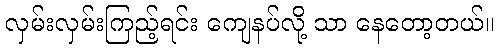
လှမ်းလှမ်းကြည့်ရင်း ကျေနပ်လို့ သာ နေတော့တယ်။